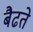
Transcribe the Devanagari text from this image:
बैढते